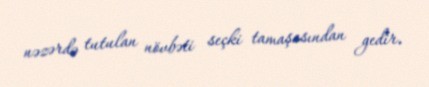
nəzərdə tutulan növbəti seçki tamaşasından gedir.